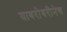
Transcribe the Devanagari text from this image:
याबरोबरीनेच